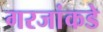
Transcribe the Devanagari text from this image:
गरजांकडे